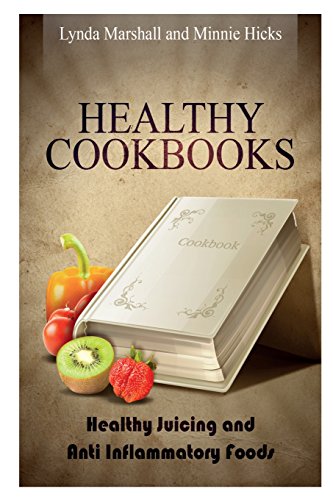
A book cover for Healthy Cookbooks: Healthy Juicing and Anti Inflammatory Foods; Lynda Marshall; Cookbooks, Food & Wine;